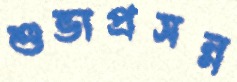
শুভাপ্রসন্ন